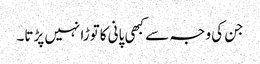
جن کی وجہ سے کبھی پانی کاتوڑا نہیں پڑتا۔